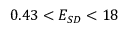
0 . 4 3 < E _ { S D } < 1 8